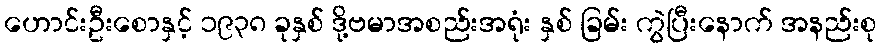
ဟောင်းဦးစောနှင့် ၁၉၃၈ ခုနှစ် ဒို့ဗမာအစည်းအရုံး နှစ် ခြမ်း ကွဲပြီးနောက် အနည်းစု